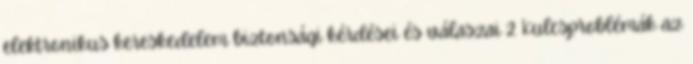
elektronikus kereskedelem biztonsági kérdései és válaszai 2 Kulcsproblémák az